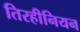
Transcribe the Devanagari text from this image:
तिरहीनियन